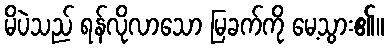
မိပဲသည် ရန်လိုလာသော မြခက်ကို မေ့သွား၏။